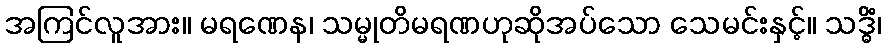
အကြင်လူအား။ မရဏေန၊ သမ္မုတိမရဏဟုဆိုအပ်သော သေမင်းနှင့်။ သဒ္ဓိံ၊